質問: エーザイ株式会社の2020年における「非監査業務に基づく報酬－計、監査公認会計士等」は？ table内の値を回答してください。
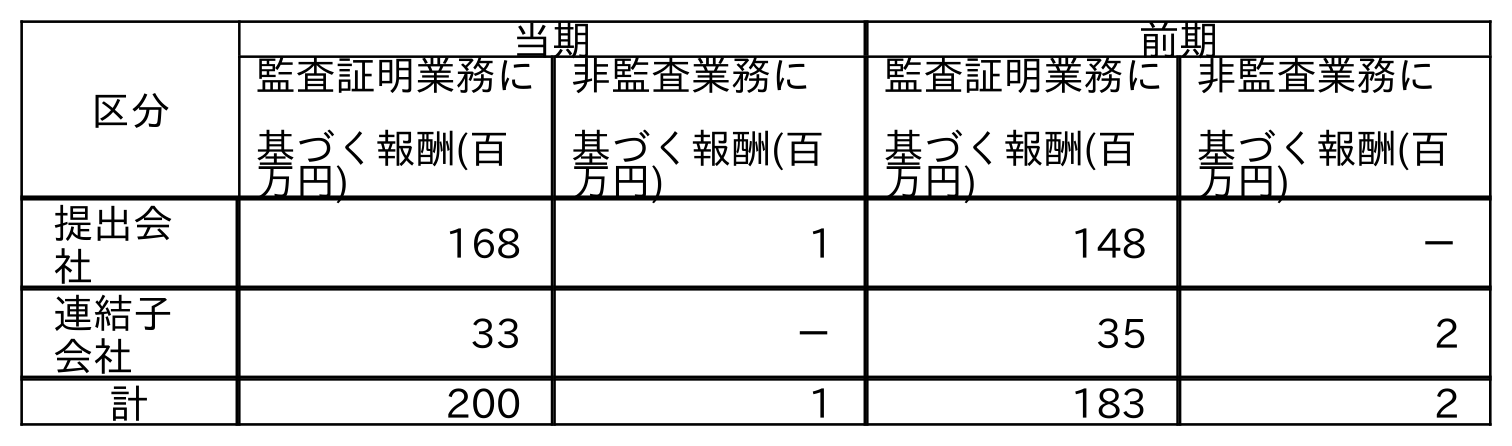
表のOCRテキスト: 区分 当期 前期 監査証明業務に 基づく報酬(百 万円) 非監査業務に 基づく報酬(百 万円) 監査証明業務に 基づく報酬(百 万円) 非監査業務に 基づく報酬(百 万円) 提出会 社 168 1 148 － 連結子 会社 33 － 35 2 計 200 1 183 2
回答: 1